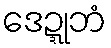
ဒေဍ္ဍုဘံ